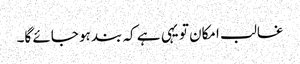
غالب امکان تو یہی ہے کہ بند ہو جائے گا۔